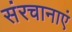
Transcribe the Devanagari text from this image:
संरचानाएं